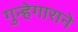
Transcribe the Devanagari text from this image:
गुन्हेगाराने